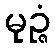
မုဉ္ဇံ